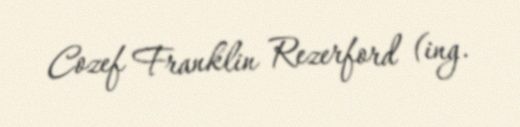
Cozef Franklin Rezerford (ing.